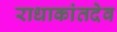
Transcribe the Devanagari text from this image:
राधाकांतदेव